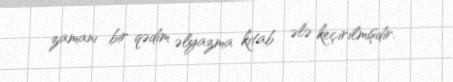
zamanı bir qədim əlyazma kitab ələ keçirilmişdir.